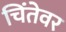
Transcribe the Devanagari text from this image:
चिंतेवर